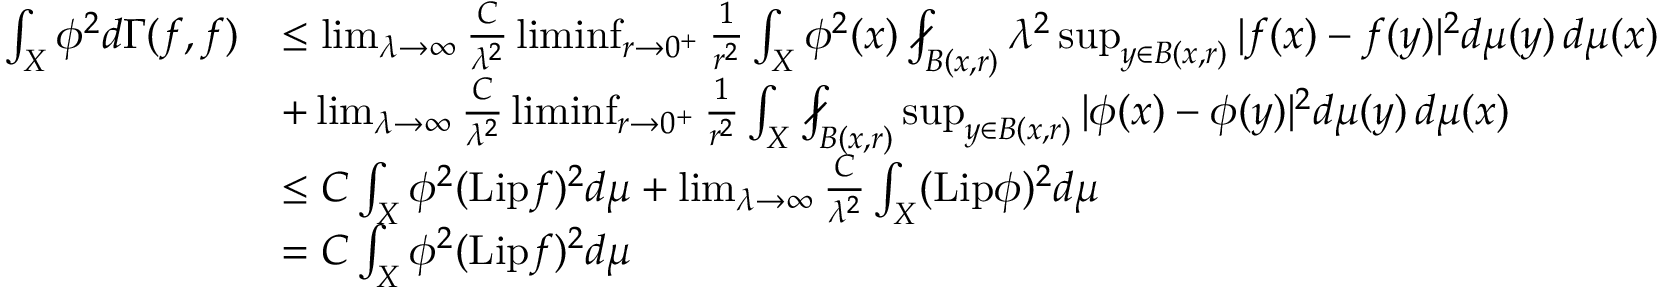
\begin{array} { r l } { \int _ { X } \phi ^ { 2 } d \Gamma ( f , f ) } & { \leq \operatorname* { l i m } _ { \lambda \to \infty } \frac { C } { \lambda ^ { 2 } } \operatorname* { l i m i n f } _ { r \to 0 ^ { + } } \frac { 1 } { r ^ { 2 } } \int _ { X } \phi ^ { 2 } ( x ) \fint _ { B ( x , r ) } \lambda ^ { 2 } \operatorname* { s u p } _ { y \in B ( x , r ) } | f ( x ) - f ( y ) | ^ { 2 } d \mu ( y ) \, d \mu ( x ) } \\ & { + \operatorname* { l i m } _ { \lambda \to \infty } \frac { C } { \lambda ^ { 2 } } \operatorname* { l i m i n f } _ { r \to 0 ^ { + } } \frac { 1 } { r ^ { 2 } } \int _ { X } \fint _ { B ( x , r ) } \operatorname* { s u p } _ { y \in B ( x , r ) } | \phi ( x ) - \phi ( y ) | ^ { 2 } d \mu ( y ) \, d \mu ( x ) } \\ & { \leq C \int _ { X } \phi ^ { 2 } ( \mathrm { L i p } f ) ^ { 2 } d \mu + \operatorname* { l i m } _ { \lambda \to \infty } \frac { C } { \lambda ^ { 2 } } \int _ { X } ( \mathrm { L i p } \phi ) ^ { 2 } d \mu } \\ & { = C \int _ { X } \phi ^ { 2 } ( \mathrm { L i p } f ) ^ { 2 } d \mu } \end{array}